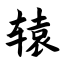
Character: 辕